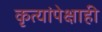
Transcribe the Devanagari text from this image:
कृत्यांपेक्षाही